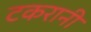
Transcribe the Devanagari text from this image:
टकरानी